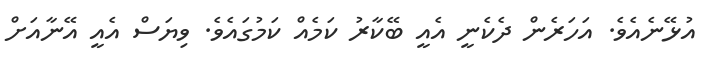
އުޅޭނެއެވެ. އަހަރެން ދެކެނީ އެއީ ބޭކާރު ކަމެއް ކަމުގައެވެ. ވިޔަސް އެއީ އޭނާއަށް